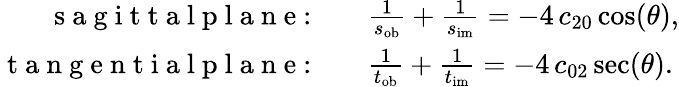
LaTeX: \begin{array}{rl}{\mathrm{~s~a~g~i~t~t~a~l~p~l~a~n~e~}{:}\quad}&{{}\frac{1}{s_{\mathrm{ob}}}+\frac{1}{s_{\mathrm{im}}}=-4\, c_{20}\cos(\theta),}\\ {\mathrm{~t~a~n~g~e~n~t~i~a~l~p~l~a~n~e~}{:}\quad}&{{}\frac{1}{t_{\mathrm{ob}}}+\frac{1}{t_{\mathrm{im}}}=-4\, c_{02}\sec(\theta).}\end{array}